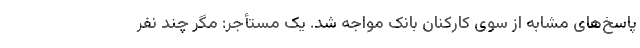
پاسخ‌های مشابه از سوی کارکنان بانک مواجه شد. یک مستأجر: مگر چند نفر